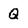
Character: Q